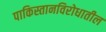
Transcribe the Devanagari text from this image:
पाकिस्तानविरोधातील